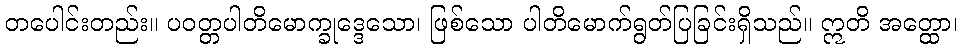
တပေါင်းတည်း။ ပဝတ္တပါတိမောက္ခုဒ္ဒေသော၊ ဖြစ်သော ပါတိမောက်ရွတ်ပြခြင်းရှိသည်။ ဣတိ အတ္ထော၊